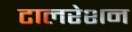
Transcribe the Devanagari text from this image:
टालरेशन